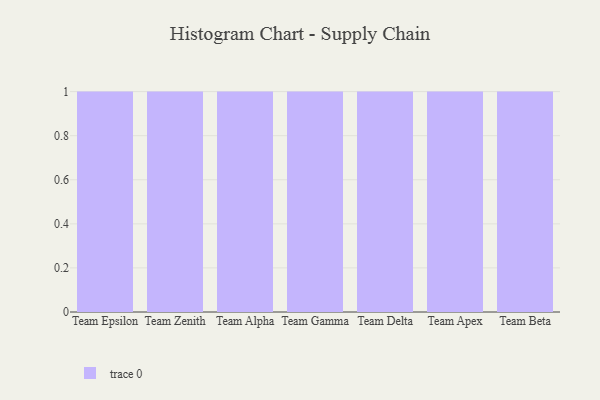
{"axis": {"x": "Team", "y": "Operating Costs (USD K)"}, "legend": [""], "data": [{"x": "Team Epsilon", "y": 85, "type": ""}, {"x": "Team Zenith", "y": 75, "type": ""}, {"x": "Team Alpha", "y": 2, "type": ""}, {"x": "Team Gamma", "y": 3, "type": ""}, {"x": "Team Delta", "y": 94, "type": ""}, {"x": "Team Apex", "y": 79, "type": ""}, {"x": "Team Beta", "y": 92, "type": ""}]}